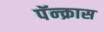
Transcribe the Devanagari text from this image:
पॅन्क्रास